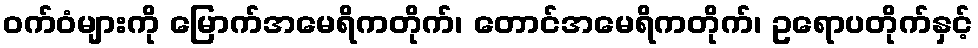
ဝက်ဝံများကို မြောက်အမေရိကတိုက်၊ တောင်အမေရိကတိုက်၊ ဥရောပတိုက်နှင့်